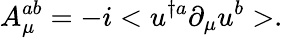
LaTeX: A_{\mu}^{ab}=-i<u^{\dagger a}\partial_{\mu}u^{b}>.